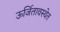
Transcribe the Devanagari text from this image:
ऊर्जितावस्थेत